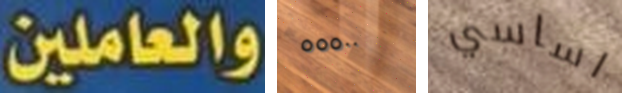
والعاملين ٥٥٥٠٠ اساسي